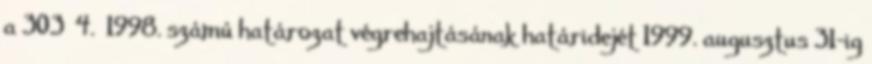
a 303 4. 1998. számú határozat végrehajtásának határidejét 1999. augusztus 31-ig